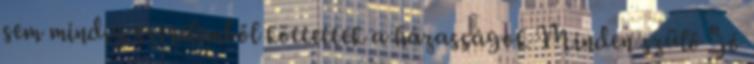
sem mindig szerelemből köttettek a házasságok Minden szülő "jó